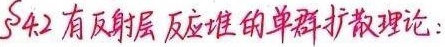
\(\S4.2\) 有反射层反应堆的单群扩散理论：